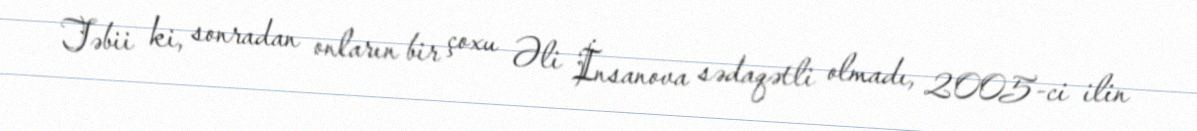
Təbii ki, sonradan onların bir çoxu Əli İnsanova sədaqətli olmadı, 2005-ci ilin